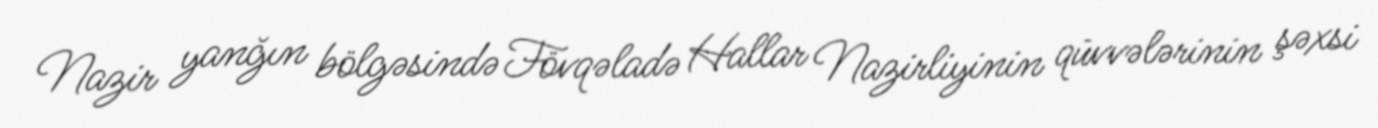
Nazir yanğın bölgəsində Fövqəladə Hallar Nazirliyinin qüvvələrinin şəxsi